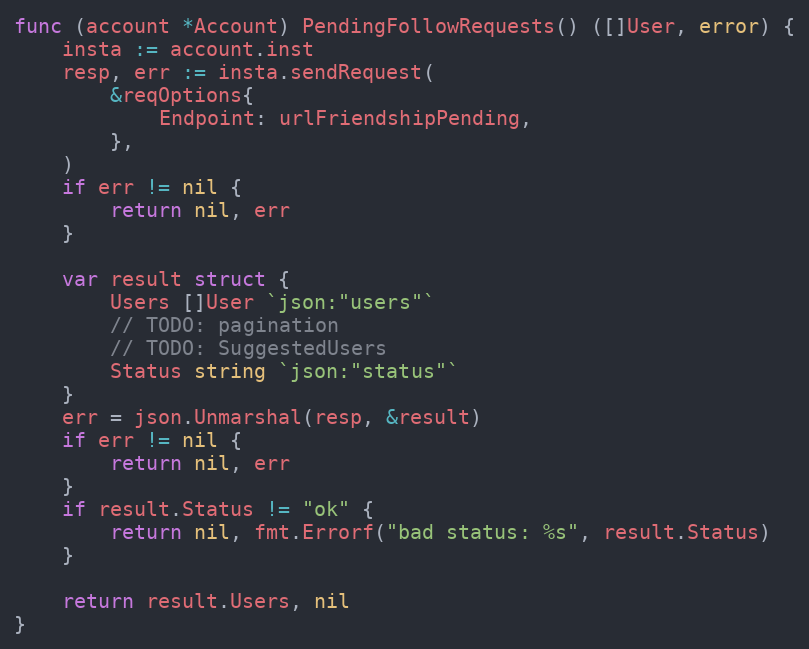
Language: Go
func (account *Account) PendingFollowRequests() ([]User, error) {
	insta := account.inst
	resp, err := insta.sendRequest(
		&reqOptions{
			Endpoint: urlFriendshipPending,
		},
	)
	if err != nil {
		return nil, err
	}

	var result struct {
		Users []User `json:"users"`
		// TODO: pagination
		// TODO: SuggestedUsers
		Status string `json:"status"`
	}
	err = json.Unmarshal(resp, &result)
	if err != nil {
		return nil, err
	}
	if result.Status != "ok" {
		return nil, fmt.Errorf("bad status: %s", result.Status)
	}

	return result.Users, nil
}